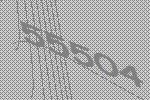
55504